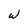
Character: W